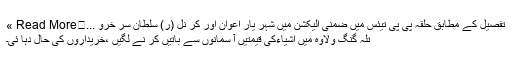
تفصیل کے مطابق حلقہ پی پی تیئس میں ضمنی الیکشن میں شہر یار اعوان اور کر نل (ر) سلطان سر خرو ...	Read More »
تلہ گنگ ولاوہ میں اشیاءکی قیمتیں آ سمانوں سے باتیں کر نے لگیں ،خریداروں کی حال دہا ئی۔